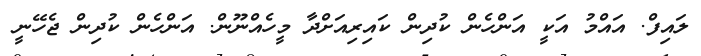
ލައިފް. އައްމު އަކީ އަންހެން ކުދިން ކައިރިއަށްދާ މީހެއްނޫން. އަންހެން ކުދިން ޖެހޭނީ